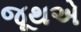
જૂથએ